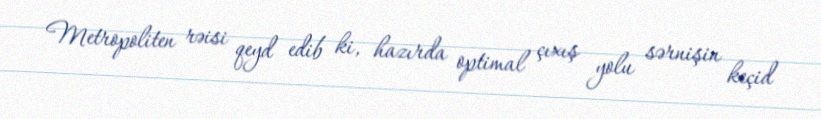
Metropoliten rəisi qeyd edib ki, hazırda optimal çıxış yolu sərnişin keçid